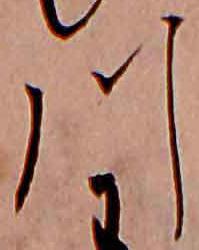
川